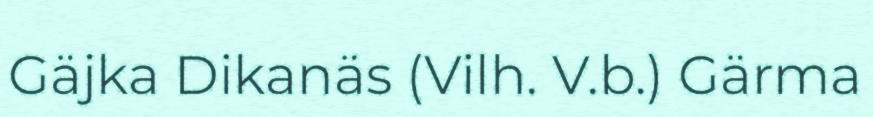
Gäjka Dikanäs (Vilh. V.b.) Gärma